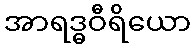
အာရဒ္ဓဝီရိယော